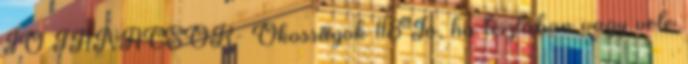
JÓ TANÁCSOK- Okosságok 118 Jó, ha tisztában vagy vele